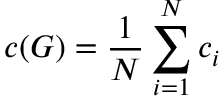
c ( G ) = \frac { 1 } { N } \sum _ { i = 1 } ^ { N } c _ { i }